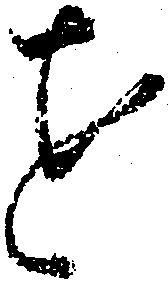
を